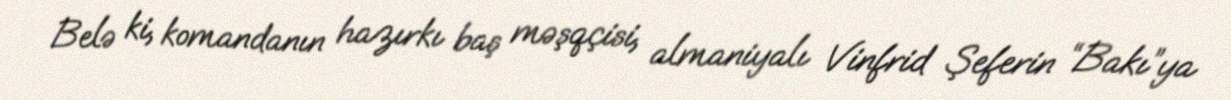
Belə ki, komandanın hazırkı baş məşqçisi, almaniyalı Vinfrid Şeferin “Bakı”ya